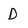
Character: D